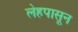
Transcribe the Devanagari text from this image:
लेहपासून